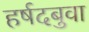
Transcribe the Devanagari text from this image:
हर्षदबुवा